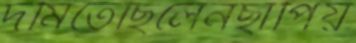
দমিতেছিলেনছাপিয়